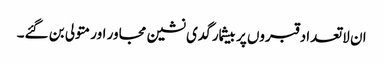
ان لاتعداد قبروں پر بیشمار گدی نشین مجاور اور متولی بن گئے۔